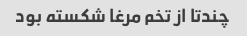
چندتا از تخم مرغا شکسته بود